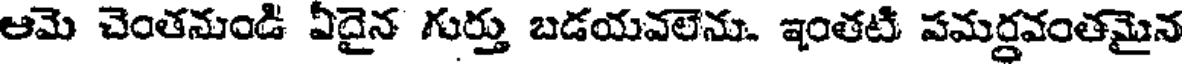
ఆమె చెంతనుండి ఏదైన గుర్తు బడయవలెను. ఇంతటి పమర్ధవంతమైన